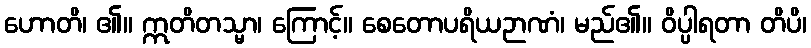
ဟောတိ၊ ၏။ ဣတိတသ္မာ၊ ကြောင့်။ စေတောပရိယဉာဏံ၊ မည်၏။ ဝိပ္ပါရတာ တိပိ၊